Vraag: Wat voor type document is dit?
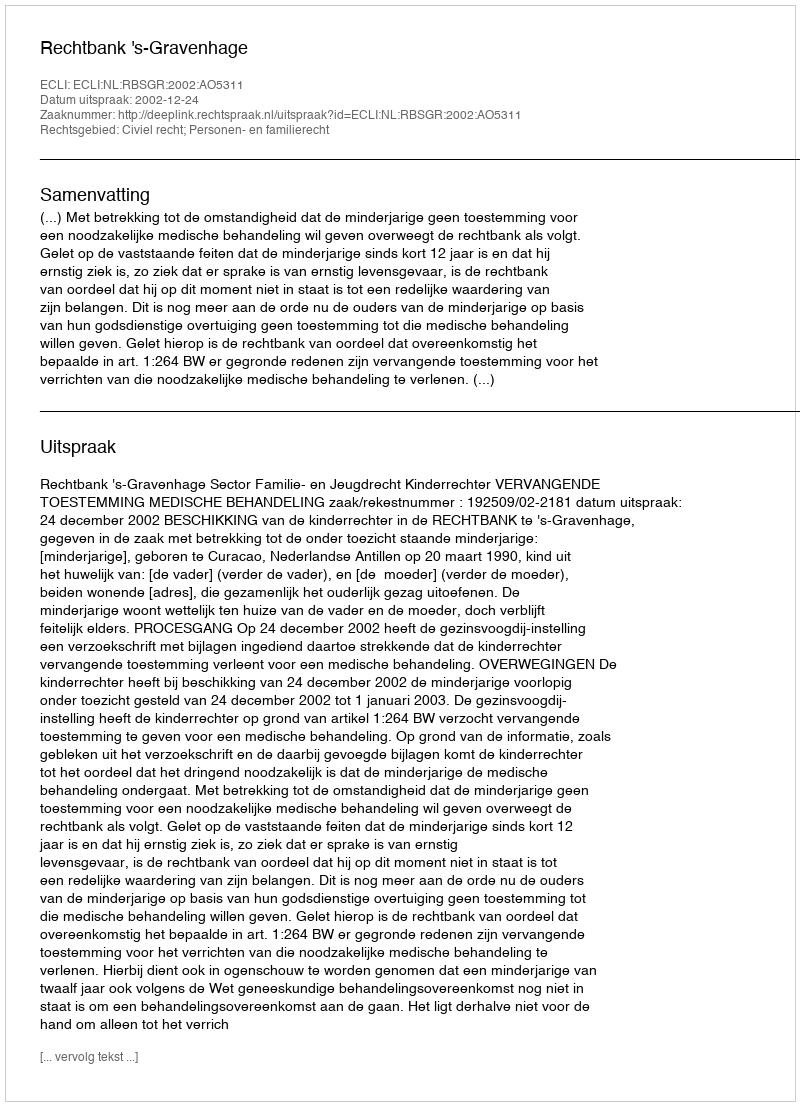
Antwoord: Uitspraak